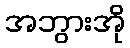
အဘွားအို